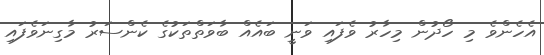
އެހެންވެ މި ހޯދުން މިހާރު ވެފައި ވަނީ ބައެއް ބާވަތްތަކުގެ ކެންސަރު މާގިނަވެފައި